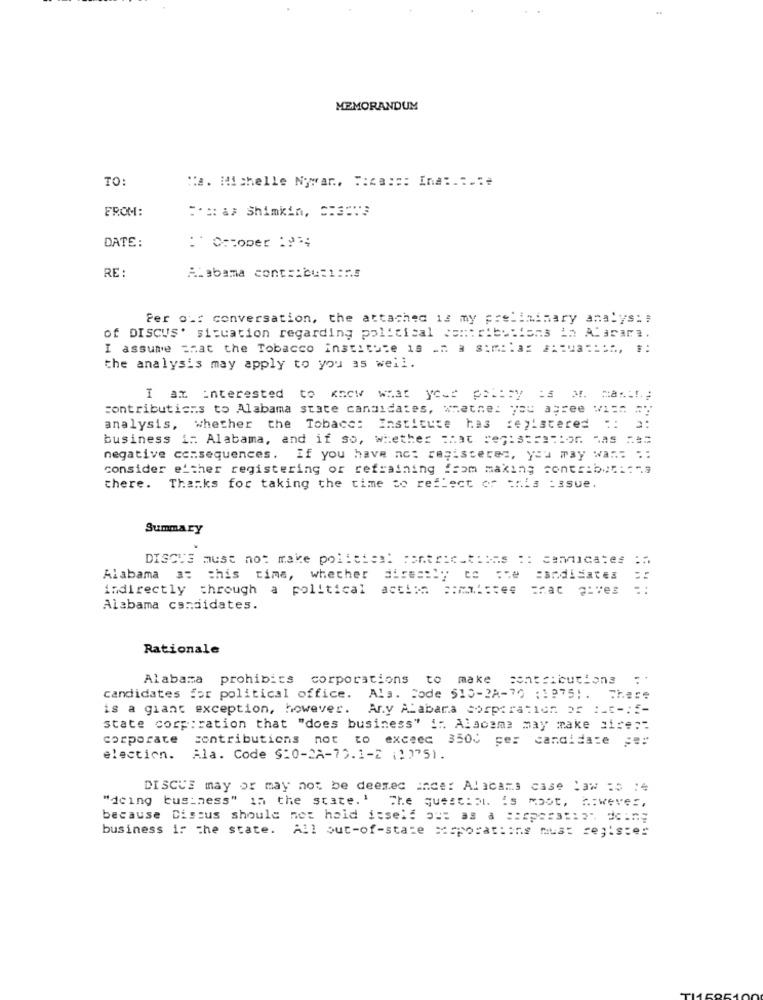
MEMORANDUM
TO
Ca. Michelle Nowan. F:ca ::: Ina :.....
FROM:
::: a> Shimkin, 3:3013
DATE:
: Cocoper 10%4
RE :
Alabama cont :: bu:1:7.5
Per ot: conversation, the attached is my preliminary analys: #
of DISCUS' situation regarding political contributions in Alarar ..
I assume that the Tobacco Institute 1s -2 . s:m :. a= === ua === h, #:
the analysis may apply to you as well.
I am interested to know what your policy is M. masih;
contributions to Alabama state candidates, whatne: you agree Vi == = "
analysis, whether the Tobacc: Institute has registered :: 3:
business in Alabama, and if so, whether =hat res: 35Fatto -as ===
negative consequences.
If you have nc: regisseren, you may wan .: ::
consider e'ther registering or refraining !som making contributi:"a
there. Thanks for taking the time to reflect of this issue.
Summary
DISCUS must not make political centric_tions :: cendicates :
Alabama a: this time, whether directly to one candidates
indirectly through a political acti == === mistes
=nac Lves
::
Alabama candidates.
Rationale
Alabama prohibits corporations to make contributions :'
candidates for political office.
Ala. Code 510-2A-70 (1975 ;. These
is a giant exception, however.
Ar.y Alabama corporation of :it -: :-
state corporation that "does business" i :. Alscame may make site:"
corporate
contributions not to exceed 350℃ pe: candidate @ ::
election.
Ala. Code S:0-2A-70.1-2 (12751.
DISCUS may or may not be deemed ince: Alicars case Law :o :*
"icing business" in the state. '
The quest: D1. is most, however,
because Discus should not hold isseld out as a :: spars :: 2- doing
business is the state. All out-of-state corporations muat register